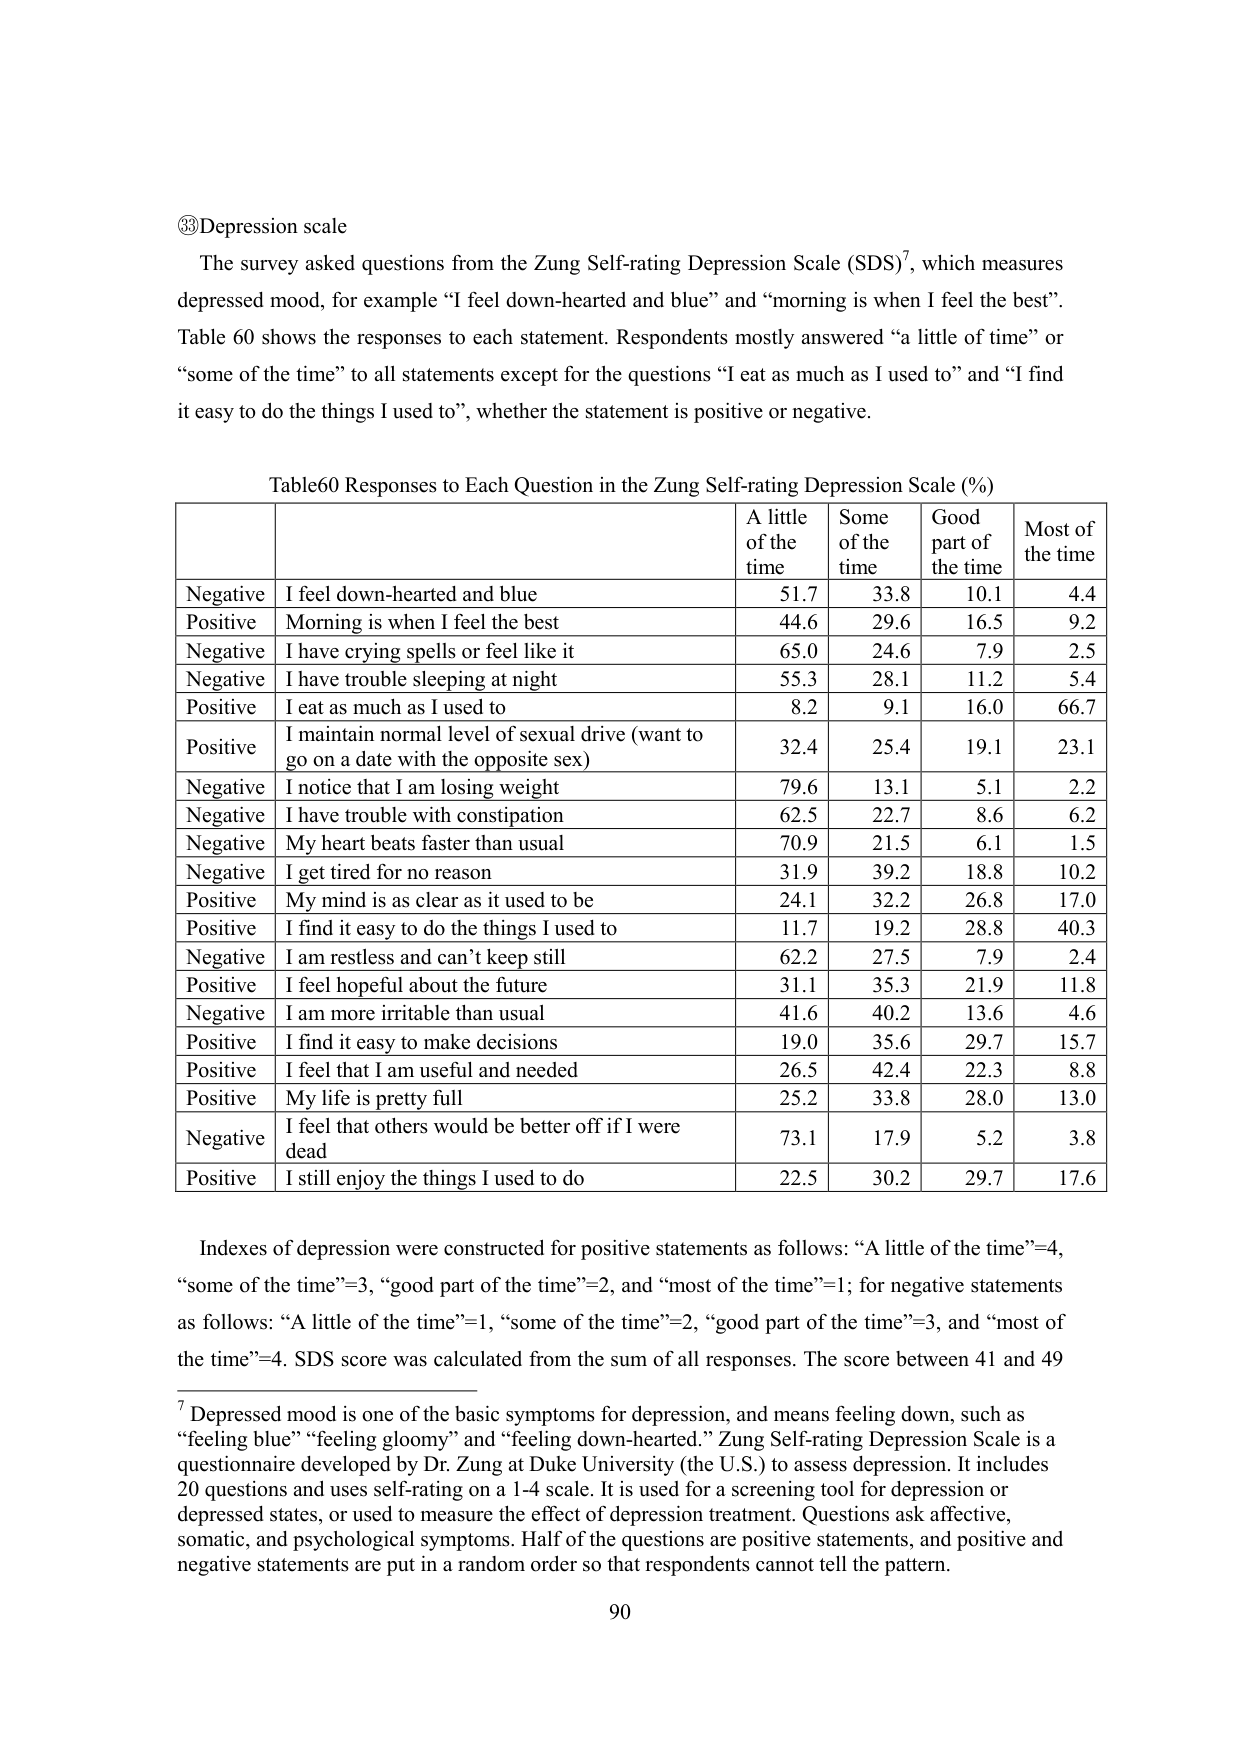
③Depression scale
The survey asked questions from the Zung Self-rating Depression Scale (SDS)⁷, which measures depressed mood, for example “I feel down-hearted and blue” and “morning is when I feel the best”. Table 60 shows the responses to each statement. Respondents mostly answered “a little of time” or “some of the time” to all statements except for the questions “I eat as much as I used to” and “I find it easy to do the things I used to”, whether the statement is positive or negative.

Table60 Responses to Each Question in the Zung Self-rating Depression Scale (%)
| | | A little of the time | Some of the time | Good part of the time | Most of the time |
|---|---|---|---|---|---|
| Negative | I feel down-hearted and blue | 51.7 | 33.8 | 10.1 | 4.4 |
| Positive | Morning is when I feel the best | 44.6 | 29.6 | 16.5 | 9.2 |
| Negative | I have crying spells or feel like it | 65.0 | 24.6 | 7.9 | 2.5 |
| Negative | I have trouble sleeping at night | 55.3 | 28.1 | 11.2 | 5.4 |
| Positive | I eat as much as I used to | 8.2 | 9.1 | 16.0 | 66.7 |
| Positive | I maintain normal level of sexual drive (want to go on a date with the opposite sex) | 32.4 | 25.4 | 19.1 | 23.1 |
| Negative | I notice that I am losing weight | 79.6 | 13.1 | 5.1 | 2.2 |
| Negative | I have trouble with constipation | 62.5 | 22.7 | 8.6 | 6.2 |
| Negative | My heart beats faster than usual | 70.9 | 21.5 | 6.1 | 1.5 |
| Negative | I get tired for no reason | 31.9 | 39.2 | 18.8 | 10.2 |
| Positive | My mind is as clear as it used to be | 24.1 | 32.2 | 26.8 | 17.0 |
| Positive | I find it easy to do the things I used to | 11.7 | 19.2 | 28.8 | 40.3 |
| Negative | I am restless and can’t keep still | 62.2 | 27.5 | 7.9 | 2.4 |
| Positive | I feel hopeful about the future | 31.1 | 35.3 | 21.9 | 11.8 |
| Negative | I am more irritable than usual | 41.6 | 40.2 | 13.6 | 4.6 |
| Positive | I find it easy to make decisions | 19.0 | 35.6 | 29.7 | 15.7 |
| Positive | I feel that I am useful and needed | 26.5 | 42.4 | 22.3 | 8.8 |
| Positive | My life is pretty full | 25.2 | 33.8 | 28.0 | 13.0 |
| Negative | I feel that others would be better off if I were dead | 73.1 | 17.9 | 5.2 | 3.8 |
| Positive | I still enjoy the things I used to do | 22.5 | 30.2 | 29.7 | 17.6 |

Indexes of depression were constructed for positive statements as follows: “A little of the time”=4, “some of the time”=3, “good part of the time”=2, and “most of the time”=1; for negative statements as follows: “A little of the time”=1, “some of the time”=2, “good part of the time”=3, and “most of the time”=4. SDS score was calculated from the sum of all responses. The score between 41 and 49

⁷ Depressed mood is one of the basic symptoms for depression, and means feeling down, such as “feeling blue” “feeling gloomy” and “feeling down-hearted.” Zung Self-rating Depression Scale is a questionnaire developed by Dr. Zung at Duke University (the U.S.) to assess depression. It includes 20 questions and uses self-rating on a 1-4 scale. It is used for a screening tool for depression or depressed states, or used to measure the effect of depression treatment. Questions ask affective, somatic, and psychological symptoms. Half of the questions are positive statements, and positive and negative statements are put in a random order so that respondents cannot tell the pattern.

90